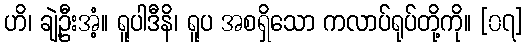
ဟိ၊ ချဲ့ဦးအံ့။ ရူပါဒီနိ၊ ရူပ အစရှိသော ကလာပ်ရုပ်တို့ကို။ [၀၇]